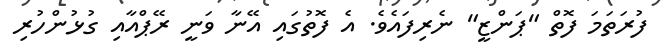
ފުރަތަމަ ފޮތް "ޕަންޒީ" ނެރިފައެވެ. އެ ފޮތުގައި އޭނާ ވަނީ ރޭޕްއާއި ގުޅުންހުރި